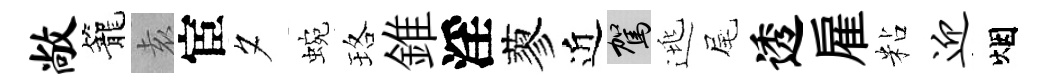
敞籠𡊮宦夕蜿珞錐淫蓼近駕逃尾透雇粘迎烟